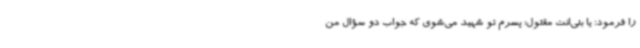
را فرمود: یا بنی‌انت مقتول؛ پسرم تو شهید می‌شوی که جواب دو سؤال من